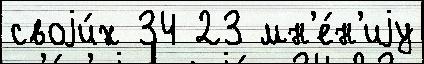
своjи́х 34 23 мн'е́н'иjу